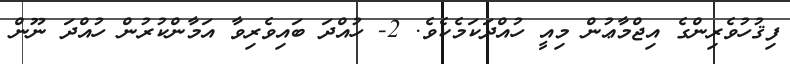
ފިޤުހުވެރިންގެ އިޖްމާޢުން މިއީ ހުއްދަކަމެކެވެ. 2- ހުއްދަ ބައިވެރިވާ އަމާންކުރުން ހުއްދަ ނޫން